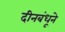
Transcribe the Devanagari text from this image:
दीनबंधूने